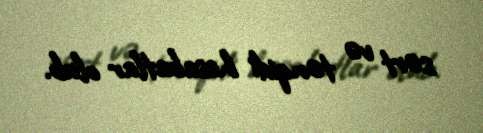
sərt və tənqidi hesabatlar olub.